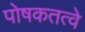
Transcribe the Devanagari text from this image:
पोषकतत्वे